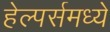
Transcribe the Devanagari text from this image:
हेल्पर्समध्ये